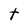
Character: t